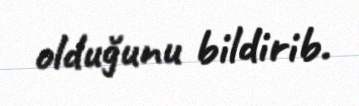
olduğunu bildirib.